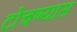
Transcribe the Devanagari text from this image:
टोचण्यास